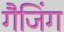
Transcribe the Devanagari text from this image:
गैजिंग